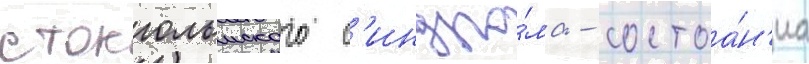
стокгольмского с'индро́ма - состоа́н'иа